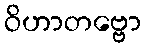
ဝိဟာတဗ္ဗော